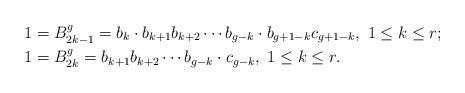
LaTeX: \begin{align*}&1=B_{2k-1}^g=b_k \cdot b_{k+1}b_{k+2}\cdots b_{g-k} \cdot b_{g+1-k}c_{g+1-k}, \ 1\leq k\leq r; \\&1=B_{2k}^g=b_{k+1}b_{k+2}\cdots b_{g-k} \cdot c_{g-k}, \ 1\leq k\leq r.\end{align*}